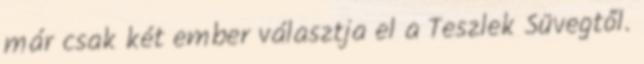
már csak két ember választja el a Teszlek Süvegtől.